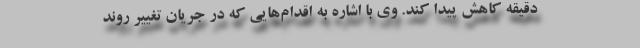
دقیقه کاهش پیدا کند. وی با اشاره به اقدام‌هایی که در جریان تغییر روند